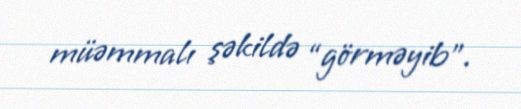
müəmmalı şəkildə “görməyib”.